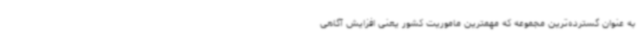
به عنوان گسترده‌ترین مجموعه که مهمترین ماموریت کشور یعنی افزایش آگاهی